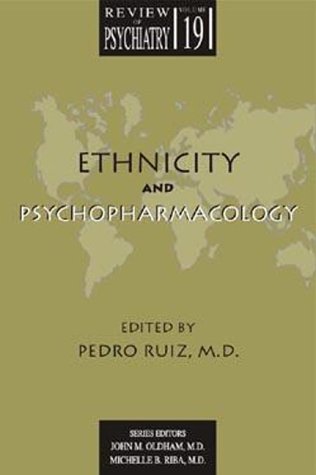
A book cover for Ethnicity and Psychopharmacology (Review of Psychiatry, Volume 19, No. 4); Ruiz Pedro; Medical Books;